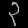
Digit: ၃